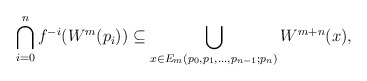
\begin{align*}\bigcap\limits_{i=0}^n f^{-i} (W^m(p_i)) \subseteq \bigcup\limits_{x\in E_m(p_0,p_1,\dots,p_{n-1};p_n)} W^{m+n} (x),\end{align*}